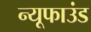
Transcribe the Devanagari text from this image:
न्यूफाउंड